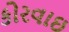
કોરવાઇ